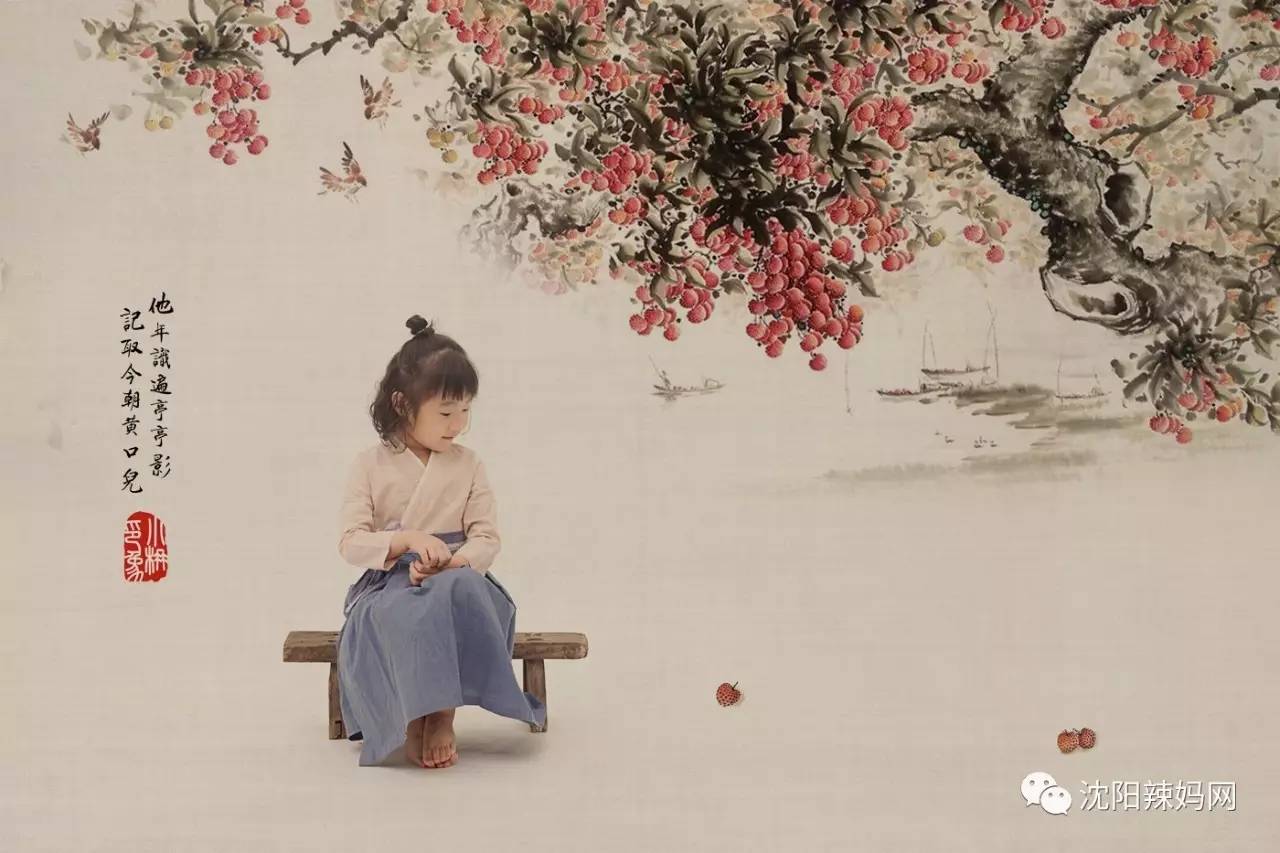
涉江玩秋水，爱此红蕖鲜。